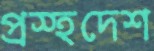
প্রস্হদেশ